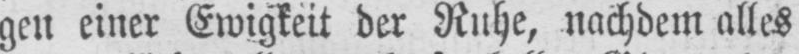
gen einer Ewigkeit der Ruhe, nachdem alles